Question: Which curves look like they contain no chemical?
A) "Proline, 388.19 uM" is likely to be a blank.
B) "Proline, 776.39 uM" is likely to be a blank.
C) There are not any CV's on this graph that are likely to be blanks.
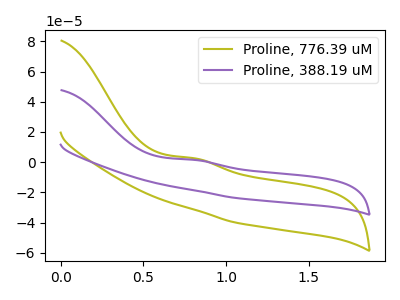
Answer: <think>The olive curve "Proline, 776.39 uM" has an anodic peak at: (0.80V, 2.60uA). The purple curve "Proline, 388.19 uM" has an anodic peak at: (0.80V, 1.55uA).</think>
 <answer>C) There are not any CV's on this graph that are likely to be blanks.</answer>
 <eval>C</eval>